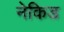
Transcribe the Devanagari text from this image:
नेकिड